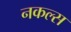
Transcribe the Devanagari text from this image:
नकल्स